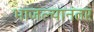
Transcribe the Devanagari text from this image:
भाजल्यानंतर